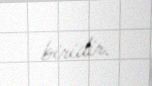
biridir.